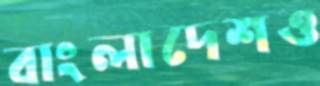
বাংলাদেশও